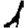
Digit: 1